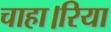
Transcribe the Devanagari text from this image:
चाहा।रिया